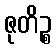
ဇုတိဉ္စ